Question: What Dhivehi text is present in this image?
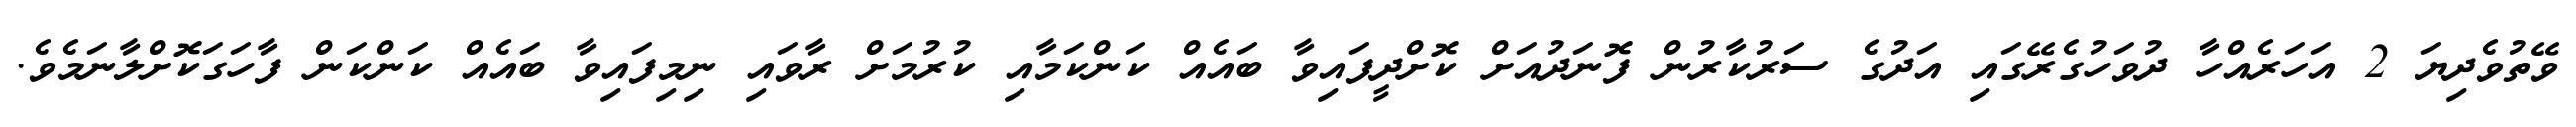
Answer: ވޭތުވެދިޔަ 2 އަހަރެއްހާ ދުވަހުގެރޭގައި އަދުގެ ސަރުކާރުން ފޮނަދުއަށް ކޮށްދީފައިވާ ބައެއް ކަންކަމާއި ކުރުމަށް ރާވައި ނިމިފައިވާ ބައެއް ކަންކަން ފާހަގަކޮށްލާނަމެވެ.